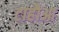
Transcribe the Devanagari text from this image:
टाहौआ